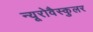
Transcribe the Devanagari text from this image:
न्यूरोवैस्कुलर